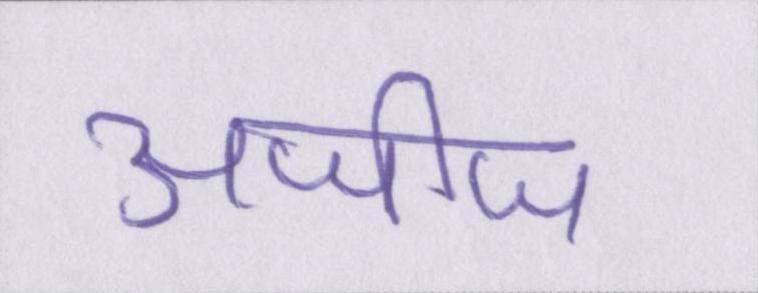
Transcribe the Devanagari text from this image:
अजीज